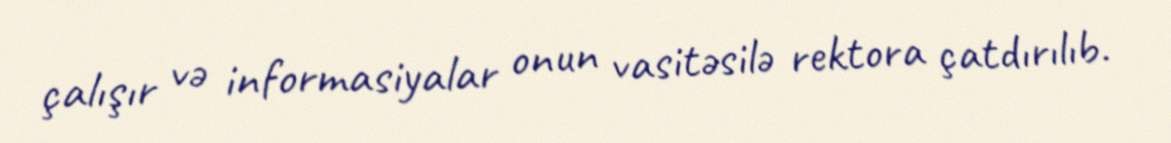
çalışır və informasiyalar onun vasitəsilə rektora çatdırılıb.